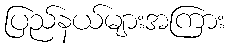
ပြည်နယ်များအကြား